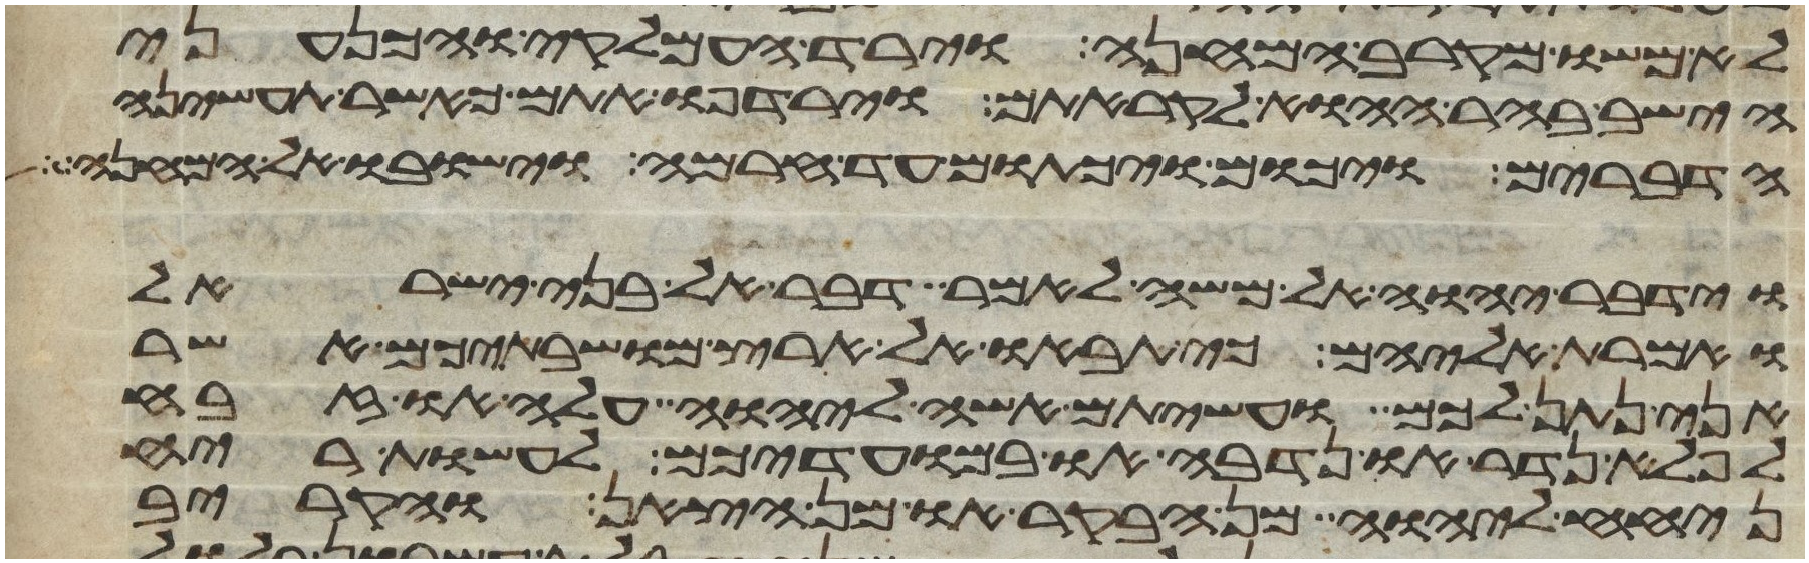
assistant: לא משו מקרב המחנה וירד העמלקי והכנעני
הישב בהר ההוא לקראתם וירדפו אתם כאשר תעשינה
הדברים ויכום ויכתום עד חרמה וישבו אל המחנה
וידבר יהוה אל משה לאמר דבר אל בני ישראל
ואמרת אליהם כי תבאו אל ארץ מושבתיכם אשר
אני נתן לכם ועשיתם אשה ליהוה עלה או זבח
לפלא נדר או נדבה או במועדיכם לעשות ריח
ניחח ליהוה מן הבקר או מן הצאן והקריב